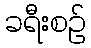
ခရီးစဉ်